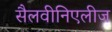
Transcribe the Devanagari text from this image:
सैलवीनिएलीज